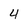
Character: 4